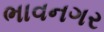
ભાવનગર